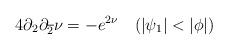
LaTeX: \begin{align*}4\partial_{2} \partial_{\overline{2}}\nu = -e^{2\nu}~~~(|\psi_{1}|<|\phi|)\end{align*}